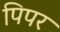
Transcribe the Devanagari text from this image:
पिपर